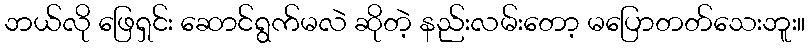
ဘယ်လို ဖြေရှင်း ဆောင်ရွက်မလဲ ဆိုတဲ့ နည်းလမ်းတော့ မပြောတတ်သေးဘူး။